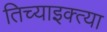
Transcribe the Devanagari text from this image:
तिच्याइक्त्या